Vaccination in Bombay 1902-1912 - 1902-1912
Year: 1902
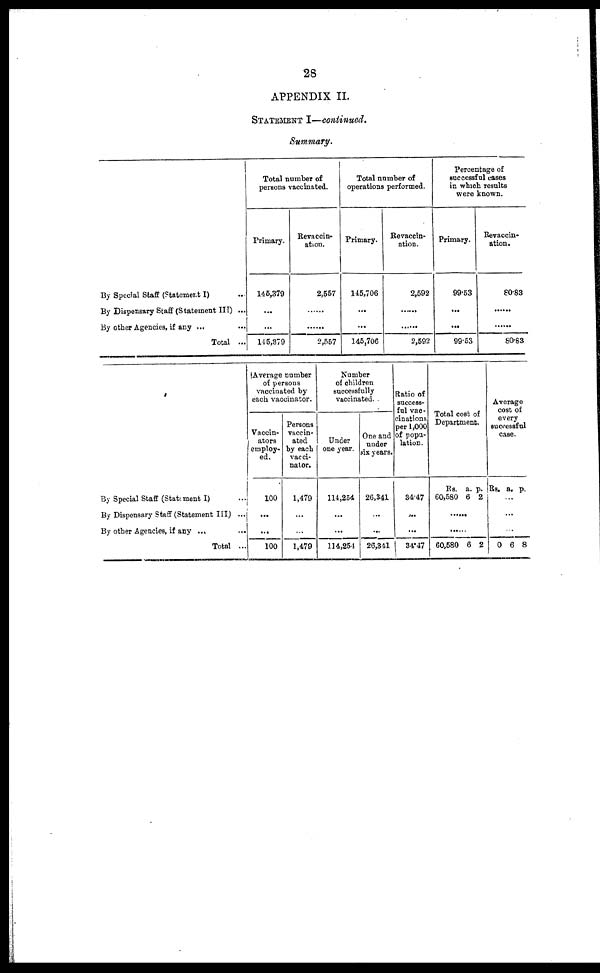
28
APPENDIX II.
STATEMENT I—continued.
Summary.
By Special Staff (Statement I) ...
By Dispensary Staff (Statement III) ...
By other Agencies, if any ... ...
Total ...
Total number of
persons vaccinated.
Primary.
145,379
...
...
145,379
Revaccin-
ation.
2,557
...
...
2,557
Total number of
operations performed.
Primary.
145,706
...
...
145,706
Revaccin-
ation.
2,592
...
...
2,592
Percentage of
successful cases
in which results
were known.
Primary.
99.53
...
...
99.53
Revaccin-
ation.
80.83
...
...
80.83
By Special Staff (Statement I) ...
By Dispensary Staff (Statement III) ...
By other Agencies, if any ...
Total ...
Average number
of persons
vaccinated by
each vaccinator.
Vaccin-
ators
employ-
ed.
100
...
100
Persons
vaccin-
ated
by each
vacci-
nator.
1,479
...
...
1,479
Number
of children
successfully
vaccinated.
Under
one year.
114,254
...
...
114,254
One and
under
six years.
26,341
...
...
26,341
Ratio of
success-
ful vac-
cinations
per 1,000
of popu-
lation.
34.47
...
...
34.47
Total cost of
Department.
Rs.
60,580
a.
6
p.
2
......
......
60,580 6 2
Average
cost of
every
successful
case.
Rs. a. p.
...
...
...
0 6 8